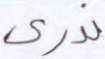
ندري